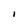
Character: I